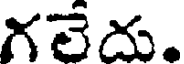
గలేదు.